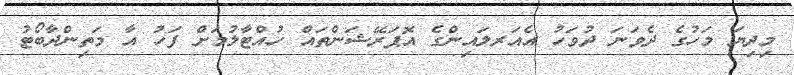
މިދިޔަ މަހުގެ ދެވަނަ ދުވަހު އެއަރލައިންގެ އޮޕަރޭޝަންތައް ހުއްޓާލުމަށް ފަހު އާ މަތިންދާބޯޓު